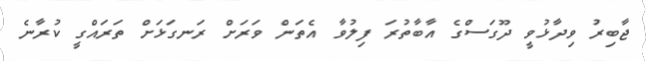
ޖާބިރު ވިދާޅުވީ ދޫގަސްގެ އާބާތުރަ ފިލުވާ އެތަން ވަރަށް ރަނގަޅަށް ތަރައްގީ ކުރާނެ